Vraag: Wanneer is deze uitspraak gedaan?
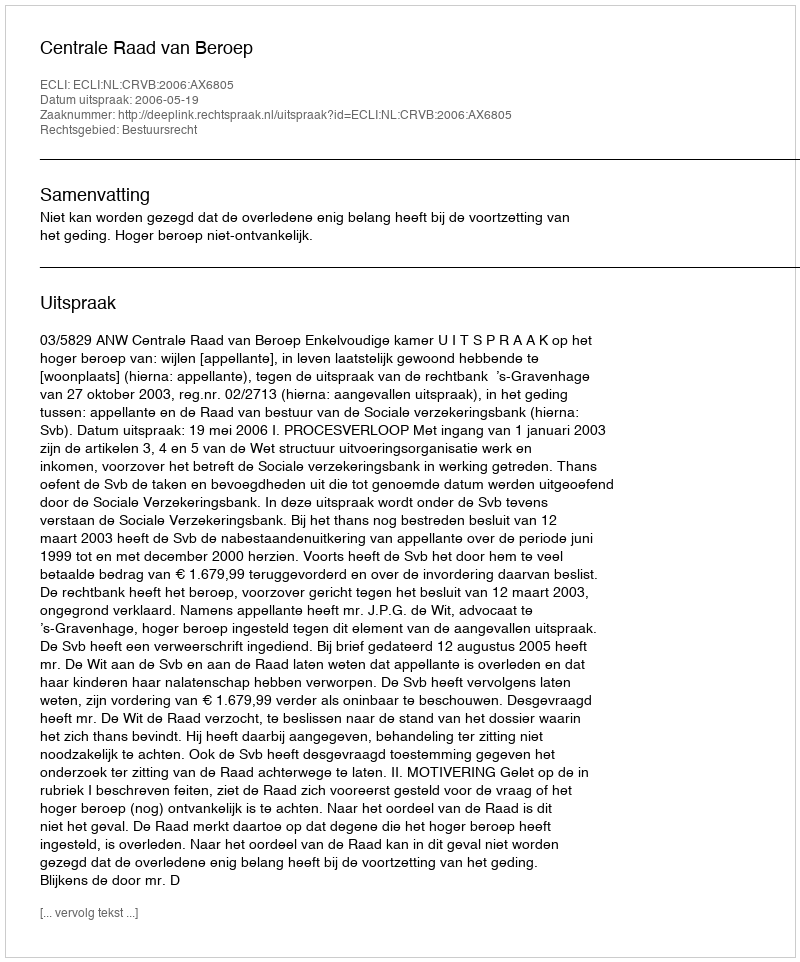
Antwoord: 2006-05-19